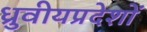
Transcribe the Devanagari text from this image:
ध्रुवीयप्रदेशों